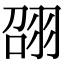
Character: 䎄